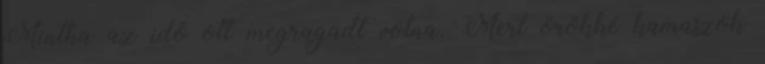
Mintha az idő ott megragadt volna. Mert örökké kamaszok